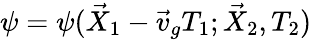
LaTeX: \psi=\psi(\vec{X}_{1}-\vec{v}_{g}T_{1};\vec{X}_{2},T_{2})